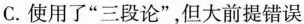
C.使用了”三段论”，但大前提错误